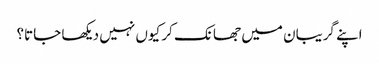
اپنے گریبان میں جھانک کر کیوں نہیں دیکھا جاتا؟